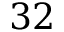
3 2